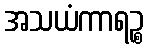
အသယံကာရဉ္စ